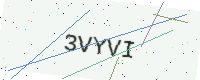
Text: 3VYVI